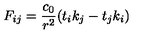
F _ { i j } = { \frac { c _ { 0 } } { r ^ { 2 } } } ( t _ { i } k _ { j } - t _ { j } k _ { i } )